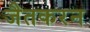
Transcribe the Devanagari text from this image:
जैतकरन